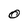
Character: 0